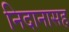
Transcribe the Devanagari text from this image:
निदानासह